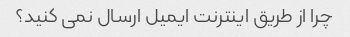
چرا از طریق اینترنت ایمیل ارسال نمی کنید؟